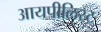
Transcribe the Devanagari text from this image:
आयपीलिस्ट